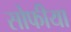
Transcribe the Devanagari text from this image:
सोफीया